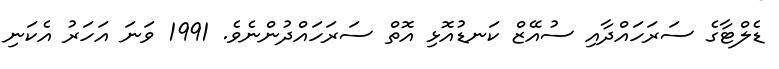
ޑެލްޓާގެ ސަރަހައްދާއި ސުއޭޒް ކަނޑުއޮޅި އޮތް ސަރަހައްދުންނެވެ. 1991 ވަނަ އަހަރު އެކަނި